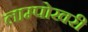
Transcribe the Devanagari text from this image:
लाम्पोखरी